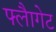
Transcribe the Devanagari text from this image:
फ्लैागेट